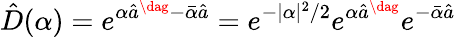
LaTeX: \hat{D}(\alpha)=e^{\alpha\hat{a}^{\dag}-\bar{\alpha}\hat{a}}=e^{-|\alpha|^{2}/2}e^{\alpha\hat{a}^{\dag}}e^{-\bar{\alpha}\hat{a}}